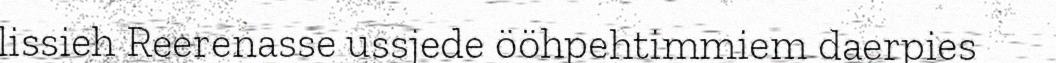
lissieh Reerenasse ussjede ööhpehtimmiem daerpies